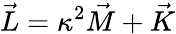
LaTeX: \vec{L}=\kappa^{2}\vec{M}+\vec{K}